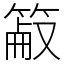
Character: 䈛